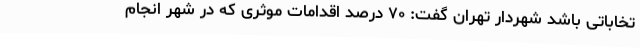
تخاباتی باشد شهردار تهران گفت: ۷۰ درصد اقدامات موثری که در شهر انجام